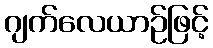
ဂျက်လေယာဉ်ဖြင့်